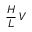
\frac { H } { L } \, V